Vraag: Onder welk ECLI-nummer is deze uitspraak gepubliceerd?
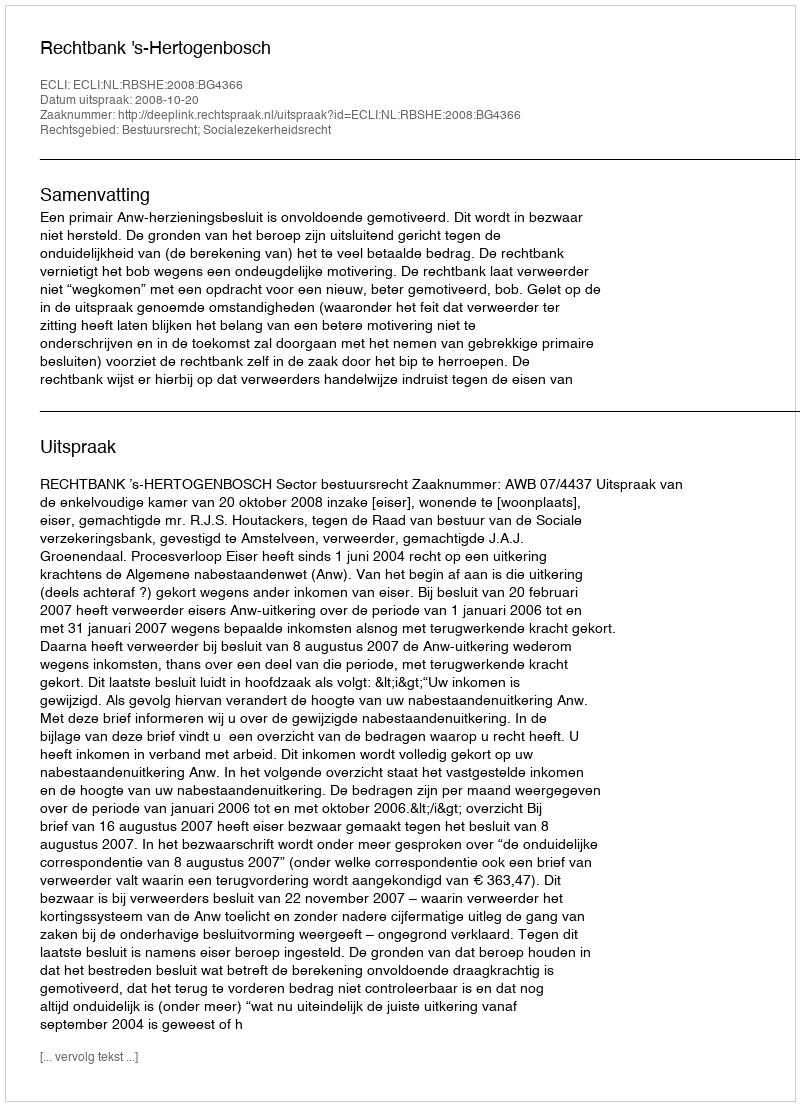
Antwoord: ECLI:NL:RBSHE:2008:BG4366